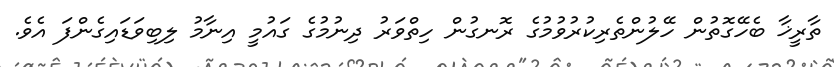
ތާރީޚާ ބެހޭގޮތުން ހޭލުންތެރިކުރުވުމުގެ ރޮނގުން ހިތްވަރު ދިނުމުގެ ގައުމީ އިނާމު ލިބިވަޑައިގެންފަ އެވެ.